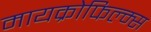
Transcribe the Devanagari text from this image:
मायक्रोफिल्म्स